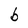
Character: b